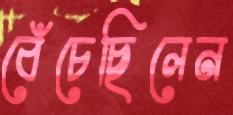
বেঁচেছিলেন